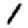
Digit: 1